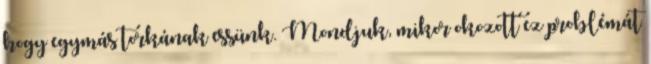
hogy egymás torkának essünk. Mondjuk, mikor okozott ez problémát